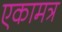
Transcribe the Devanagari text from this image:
एकामत्र